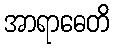
အာရာဓေတိ